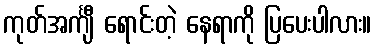
ကုတ်အင်္ကျီ ရောင်းတဲ့ နေရာကို ပြပေးပါလား။